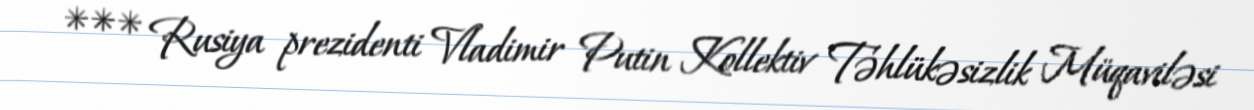
*** Rusiya prezidenti Vladimir Putin Kollektiv Təhlükəsizlik Müqaviləsi